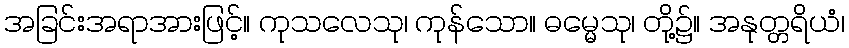
အခြင်းအရာအားဖြင့်။ ကုသလေသု၊ ကုန်သော။ ဓမ္မေသု၊ တို့၌။ အနုတ္တရိယံ၊